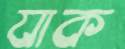
যাক